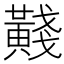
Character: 𪏊